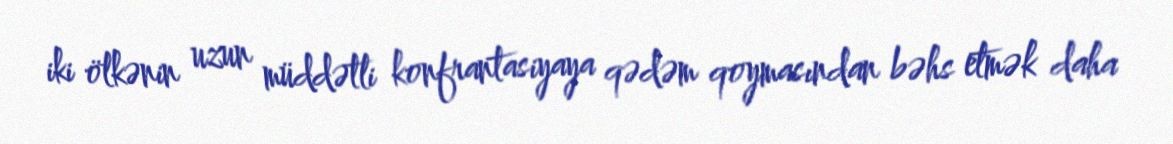
iki ölkənin uzun müddətli konfrantasiyaya qədəm qoymasından bəhs etmək daha